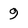
Character: 9